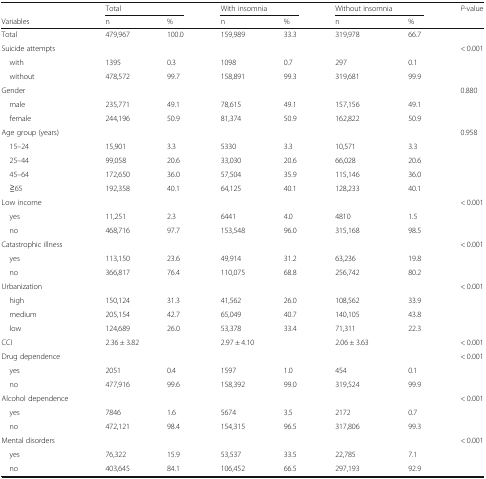
<table><thead><tr><td></td><td colspan="2"><b>Total</b></td><td colspan="2"><b>With insomnia</b></td><td colspan="2"><b>Without insomnia</b></td><td rowspan="2"><b><i>P</i>-value</b></td></tr><tr><td><b>Variables</b></td><td><b>n</b></td><td><b>%</b></td><td><b>n</b></td><td><b>%</b></td><td><b>n</b></td><td><b>%</b></td></tr></thead><tbody><tr><td>Total</td><td>479,967</td><td>100.0</td><td>159,989</td><td>33.3</td><td>319,978</td><td>66.7</td><td></td></tr><tr><td>Suicide attempts</td><td></td><td></td><td></td><td></td><td></td><td></td><td>&lt; 0.001</td></tr><tr><td> with</td><td>1395</td><td>0.3</td><td>1098</td><td>0.7</td><td>297</td><td>0.1</td><td></td></tr><tr><td> without</td><td>478,572</td><td>99.7</td><td>158,891</td><td>99.3</td><td>319,681</td><td>99.9</td><td></td></tr><tr><td>Gender</td><td></td><td></td><td></td><td></td><td></td><td></td><td>0.880</td></tr><tr><td> male</td><td>235,771</td><td>49.1</td><td>78,615</td><td>49.1</td><td>157,156</td><td>49.1</td><td></td></tr><tr><td> female</td><td>244,196</td><td>50.9</td><td>81,374</td><td>50.9</td><td>162,822</td><td>50.9</td><td></td></tr><tr><td>Age group (years)</td><td></td><td></td><td></td><td></td><td></td><td></td><td>0.958</td></tr><tr><td> 15–24</td><td>15,901</td><td>3.3</td><td>5330</td><td>3.3</td><td>10,571</td><td>3.3</td><td></td></tr><tr><td> 25–44</td><td>99,058</td><td>20.6</td><td>33,030</td><td>20.6</td><td>66,028</td><td>20.6</td><td></td></tr><tr><td> 45–64</td><td>172,650</td><td>36.0</td><td>57,504</td><td>35.9</td><td>115,146</td><td>36.0</td><td></td></tr><tr><td> ≧65</td><td>192,358</td><td>40.1</td><td>64,125</td><td>40.1</td><td>128,233</td><td>40.1</td><td></td></tr><tr><td>Low income</td><td></td><td></td><td></td><td></td><td></td><td></td><td>&lt; 0.001</td></tr><tr><td> yes</td><td>11,251</td><td>2.3</td><td>6441</td><td>4.0</td><td>4810</td><td>1.5</td><td></td></tr><tr><td> no</td><td>468,716</td><td>97.7</td><td>153,548</td><td>96.0</td><td>315,168</td><td>98.5</td><td></td></tr><tr><td>Catastrophic illness</td><td></td><td></td><td></td><td></td><td></td><td></td><td>&lt; 0.001</td></tr><tr><td> yes</td><td>113,150</td><td>23.6</td><td>49,914</td><td>31.2</td><td>63,236</td><td>19.8</td><td></td></tr><tr><td> no</td><td>366,817</td><td>76.4</td><td>110,075</td><td>68.8</td><td>256,742</td><td>80.2</td><td></td></tr><tr><td>Urbanization</td><td></td><td></td><td></td><td></td><td></td><td></td><td>&lt; 0.001</td></tr><tr><td> high</td><td>150,124</td><td>31.3</td><td>41,562</td><td>26.0</td><td>108,562</td><td>33.9</td><td></td></tr><tr><td> medium</td><td>205,154</td><td>42.7</td><td>65,049</td><td>40.7</td><td>140,105</td><td>43.8</td><td></td></tr><tr><td> low</td><td>124,689</td><td>26.0</td><td>53,378</td><td>33.4</td><td>71,311</td><td>22.3</td><td></td></tr><tr><td>CCI</td><td colspan="2">2.36 ± 3.82</td><td colspan="2">2.97 ± 4.10</td><td>2.06 ± 3.63</td><td></td><td>&lt; 0.001</td></tr><tr><td>Drug dependence</td><td></td><td></td><td></td><td></td><td></td><td></td><td>&lt; 0.001</td></tr><tr><td> yes</td><td>2051</td><td>0.4</td><td>1597</td><td>1.0</td><td>454</td><td>0.1</td><td></td></tr><tr><td> no</td><td>477,916</td><td>99.6</td><td>158,392</td><td>99.0</td><td>319,524</td><td>99.9</td><td></td></tr><tr><td>Alcohol dependence</td><td></td><td></td><td></td><td></td><td></td><td></td><td>&lt; 0.001</td></tr><tr><td> yes</td><td>7846</td><td>1.6</td><td>5674</td><td>3.5</td><td>2172</td><td>0.7</td><td></td></tr><tr><td> no</td><td>472,121</td><td>98.4</td><td>154,315</td><td>96.5</td><td>317,806</td><td>99.3</td><td></td></tr><tr><td>Mental disorders</td><td></td><td></td><td></td><td></td><td></td><td></td><td>&lt; 0.001</td></tr><tr><td> yes</td><td>76,322</td><td>15.9</td><td>53,537</td><td>33.5</td><td>22,785</td><td>7.1</td><td></td></tr><tr><td> no</td><td>403,645</td><td>84.1</td><td>106,452</td><td>66.5</td><td>297,193</td><td>92.9</td><td></td></tr></tbody></table>